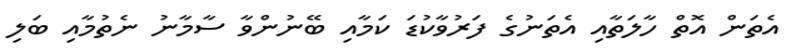
އެތަން އޮތް ހާލަތާއި އެތަނުގެ ފަރުވާކުޑަ ކަމާއި ބޭނުންވާ ސާމާނު ނެތުމާއި ބަލި